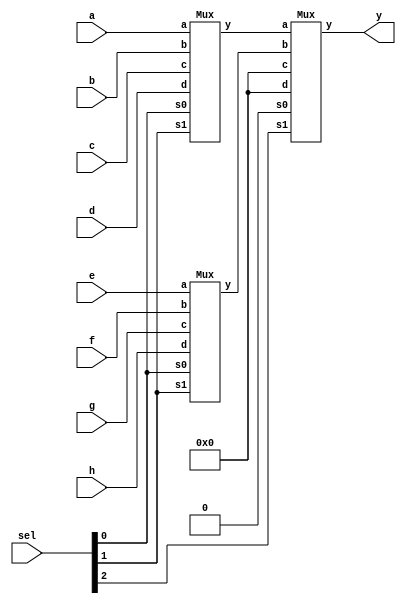
`timescale 1ns / 1ps
//////////////////////////////////////////////////////////////////////////////////
// Company: 
// Engineer: 
// 
// Design Name: 
// Module Name: Mux8x1_4x1
// Project Name: 
// Target Devices: 
// Tool Versions: 
// Description: 
// 
// Dependencies: 
// 
// Revision:
// Revision 0.01 - File Created
// Additional Comments:
// 
//////////////////////////////////////////////////////////////////////////////////


module Mux8x1_4x1(a,b,c,d,e,f,g,h,sel,y);
input[3:0] a,b,c,d,e,f,g,h;
input[2:0] sel;
output[3:0] y;
wire[3:0] w1,w2;
Mux a1(a,b,c,d,sel[0],sel[1],w1);
Mux a2(e,f,g,h,sel[0],sel[1],w2);
Mux a3(w1,w2,4'b0000,4'b0000,1'b0,sel[2],y);

endmodule

module Mux(a,b,c,d,s0,s1,y);
input[3:0] a,b,c,d;
input s0,s1;
output reg[3:0] y;
always @(*)
begin
case({s0,s1})
2'b00: y=a;
2'b01: y=b;
2'b10: y=c;
2'b11: y=d;
default: y=0;
endcase
end
endmodule